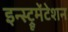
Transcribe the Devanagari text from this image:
इन्स्ट्रूमेंटेशन